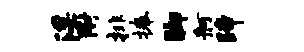
淫附排捧脚舸蹄